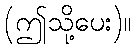
(ဤသို့ပေး)။